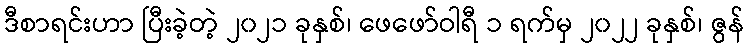
ဒီစာရင်းဟာ ပြီးခဲ့တဲ့ ၂၀၂၁ ခုနှစ်၊ ဖေဖော်ဝါရီ ၁ ရက်မှ ၂၀၂၂ ခုနှစ်၊ ဇွန်